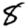
Digit: 8